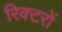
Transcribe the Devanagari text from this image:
रिक्टरों